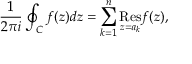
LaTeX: { \frac { 1 } { 2 \pi i } } \oint _ { C } f ( z ) d z = \sum _ { k = 1 } ^ { n } { \underset { z = a _ { k } } { \mathrm { R e s } } } f ( z ) ,